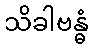
သိခါဗန္ဓံ